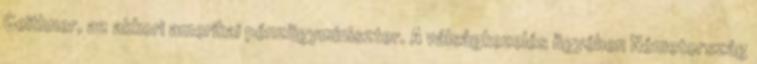
Geithner, az akkori amerikai pénzügyminiszter. A válságkezelés ügyében Németország